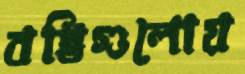
বস্তিগুলোয়